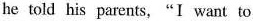
he told his parents,“I want to